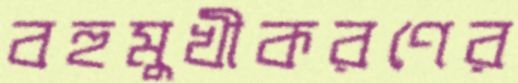
বহুমুখীকরণের